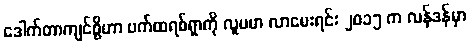
ဒေါက်တာကျင်စွိဟာ ပက်ထရစ်ရှာကို လူမမာ လာမေးရင်း ၂၀၁၅ က လန်ဒန်မှာ